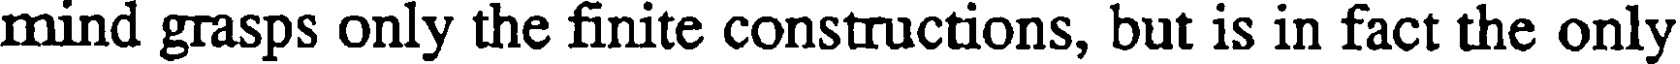
mind grasps only the finite constructions, but is in fact the only